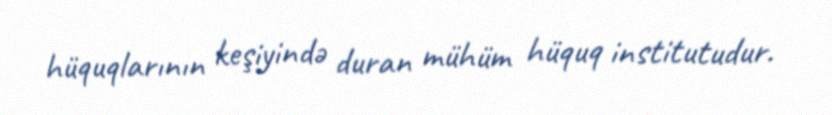
hüquqlarının keşiyində duran mühüm hüquq institutudur.